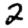
Digit: 2